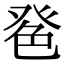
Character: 𦫔